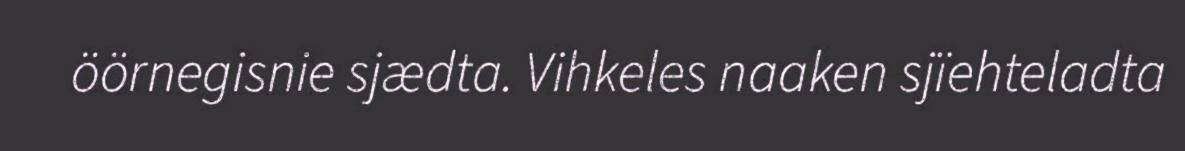
öörnegisnie sjædta. Vihkeles naaken sjïehteladta